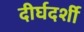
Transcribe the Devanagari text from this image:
दीर्घदर्शी